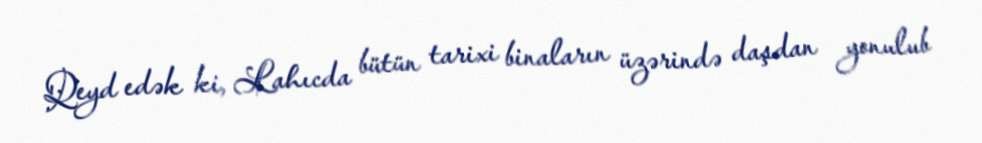
Qeyd edək ki, Lahıcda bütün tarixi binaların üzərində daşdan yonulub